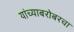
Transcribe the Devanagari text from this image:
यांच्याबरोबरचा